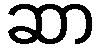
ဆာ